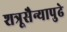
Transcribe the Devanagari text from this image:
शत्रूसैन्यापुढे